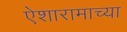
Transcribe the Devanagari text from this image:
ऐशारामाच्या